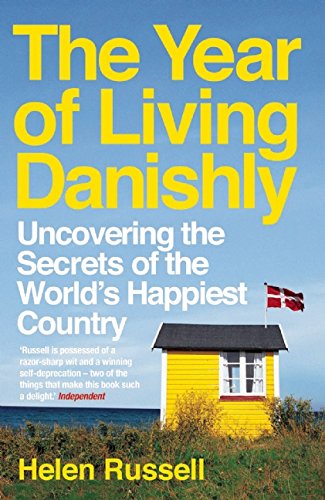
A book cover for The Year of Living Danishly: Uncovering the Secrets of the World's Happiest Country; Helen Russell; Travel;